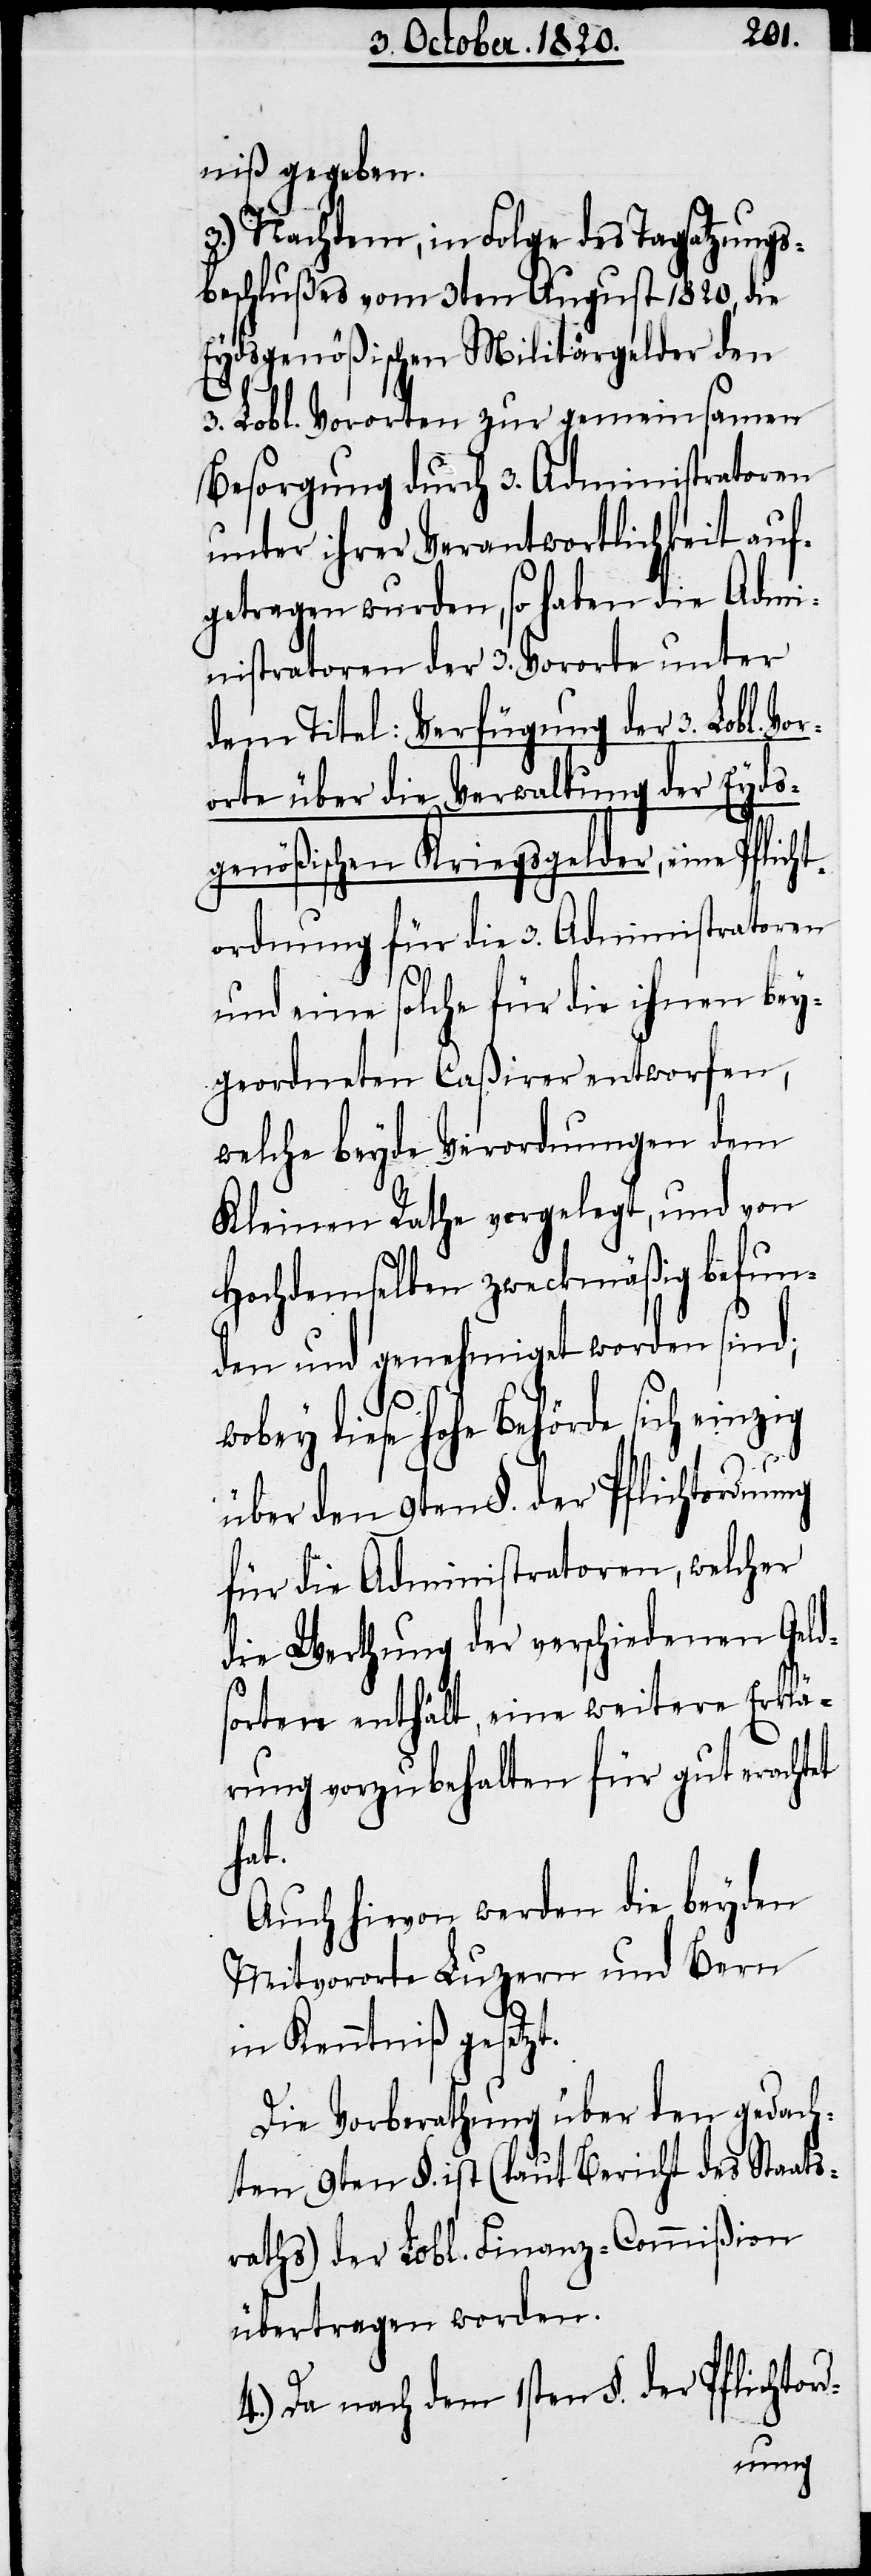
niß gegeben.
3.) Nachdem, in Folge des Tagsatzungs¬
beschlußes vom 3ten August 1820, die
Eydsgenößischen Militärgelder den
3. Lobl. Vororten zur gemeinsamen
Besorgung durch 3. Administratoren
unter ihrer Verantwortlichkeit auf¬
getragen wurden, so haben die Admi¬
nistratoren der 3. Vororte unter
dem Titel: Verfügung der 3. Lobl. V¬
orte über die Verwaltung der Eyds¬
genößischen Kriegsgelder, eine Pflicht¬
ordnung für die 3. Administratoren
und eine solche für die ihnen bey¬
geordneten Caßirer entworfen,
welche beyde Verordnungen dem
Kleinen Rathe vorgelegt, und von
hochdemselben zweckmäßig befun¬
den und genehmiget worden sind;
diese hohe Behörde sich einzig
über den 9ten §. der Pflichtordnung
für die Administratoren, welcher
die Werthung der verschiedenen Geld¬
sorten enthält, eine weitere Erklä¬
rung vorzubehalten für gut erachtet
hat.
Auch hievon werden die beyden
Mitvororte Luzern und Bern
in Kenntniß gesetzt.
Die Vorberathung über den gedach¬
ten 9ten §. ist (laut Bericht des Staats¬
raths) der Lobl. Finanz-Commißion
übertragen worden.
4.) Da nach dem 1sten §. der Pflichtord-